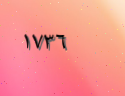
١٧٣٦